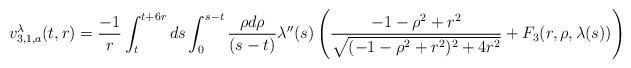
LaTeX: \begin{align*} v_{3,1,a}^{\lambda}(t,r) = \frac{-1}{r} \int_{t}^{t+6r} ds \int_{0}^{s-t} \frac{\rho d\rho}{(s-t)} \lambda''(s) \left(\frac{-1-\rho^{2}+r^{2}}{\sqrt{(-1-\rho^{2}+r^{2})^{2}+4r^{2}}}+F_{3}(r,\rho,\lambda(s))\right)\end{align*}